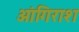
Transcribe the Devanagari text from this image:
आंगिराश